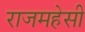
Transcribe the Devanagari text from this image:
राजमहेसी